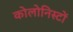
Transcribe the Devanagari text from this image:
कोलोनिस्टों